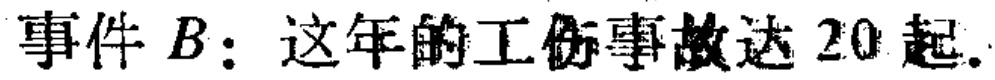
事件 \(B\)：这年的工伤事故达 \(20\) 起.